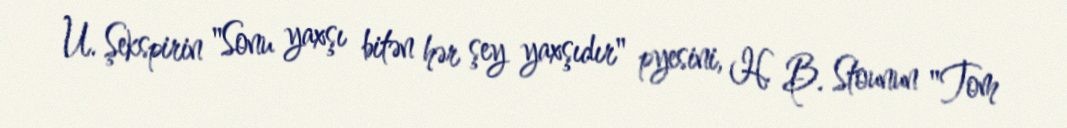
U. Şekspirin "Sonu yaxşı bitən hər şey yaxşıdır" pyesini, H. B. Stounun "Tom